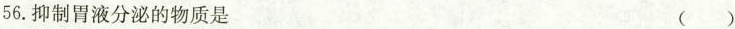
56.抑制胃液分泌的物质是 ( )